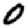
Digit: 0